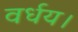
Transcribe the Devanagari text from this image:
वर्धय।